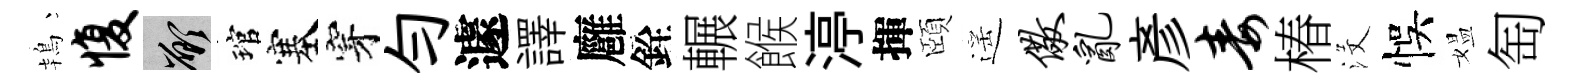
鴇愎願琯塞穿勻遽譯廱銓輾餱渟揮頤遥儆乱彥毒椿沒悞媪匋